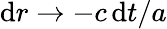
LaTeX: \mathrm{d}r\to-c\, \mathrm{d}t/a